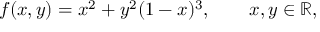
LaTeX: f ( x , y ) = x ^ { 2 } + y ^ { 2 } ( 1 - x ) ^ { 3 } , \qquad x , y \in \mathbb { R } ,